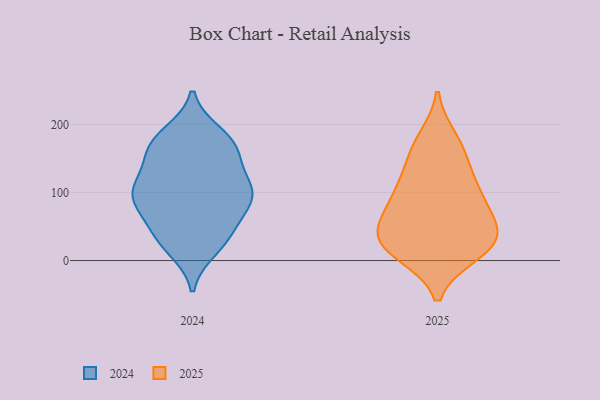
{"axis": {"x": "Operating Costs (USD K)", "y": "Value"}, "legend": ["2024", "2025"], "data": [{"x": "", "y": 90, "type": "2024"}, {"x": "", "y": 182, "type": "2024"}, {"x": "", "y": 35, "type": "2024"}, {"x": "", "y": 109, "type": "2024"}, {"x": "", "y": 109, "type": "2024"}, {"x": "", "y": 103, "type": "2024"}, {"x": "", "y": 159, "type": "2024"}, {"x": "", "y": 130, "type": "2024"}, {"x": "", "y": 186, "type": "2024"}, {"x": "", "y": 57, "type": "2024"}, {"x": "", "y": 38, "type": "2024"}, {"x": "", "y": 82, "type": "2024"}, {"x": "", "y": 17, "type": "2024"}, {"x": "", "y": 167, "type": "2024"}, {"x": "", "y": 158, "type": "2024"}, {"x": "", "y": 25, "type": "2024"}, {"x": "", "y": 168, "type": "2024"}, {"x": "", "y": 80, "type": "2024"}, {"x": "", "y": 104, "type": "2024"}, {"x": "", "y": 92, "type": "2024"}, {"x": "", "y": 163, "type": "2025"}, {"x": "", "y": 86, "type": "2025"}, {"x": "", "y": 78, "type": "2025"}, {"x": "", "y": 43, "type": "2025"}, {"x": "", "y": 179, "type": "2025"}, {"x": "", "y": 140, "type": "2025"}, {"x": "", "y": 10, "type": "2025"}, {"x": "", "y": 40, "type": "2025"}, {"x": "", "y": 108, "type": "2025"}, {"x": "", "y": 20, "type": "2025"}, {"x": "", "y": 45, "type": "2025"}, {"x": "", "y": 102, "type": "2025"}, {"x": "", "y": 11, "type": "2025"}, {"x": "", "y": 34, "type": "2025"}]}